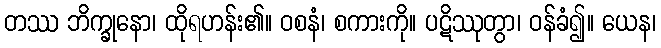
တဿ ဘိက္ခုနော၊ ထိုရဟန်း၏။ ဝစနံ၊ စကားကို။ ပဋိဿုတွာ၊ ဝန်ခံ၍။ ယေန၊